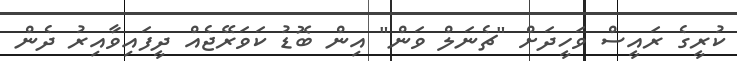
ކުރީގެ ރައީސް ވަހީދަށް "ޗެނަލް ވަން" އިން ބޮޑު ކަވަރޭޖެއް ދީފައިވާއިރު ދެން